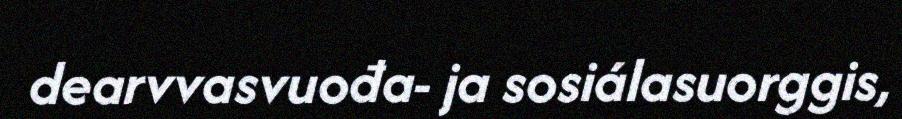
dearvvasvuođa- ja sosiálasuorggis,